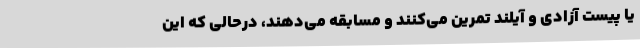
یا پیست آزادی و آیلند تمرین می‌کنند و مسابقه می‌دهند، درحالی که این